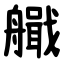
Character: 艥